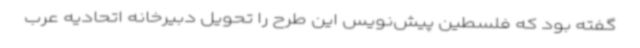
گفته بود که فلسطین پیش‌نویس این طرح را تحویل دبیرخانه اتحادیه عرب